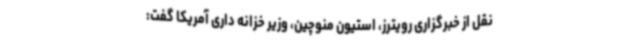
نقل از خبرگزاری رویترز، استیون منوچین، وزیر خزانه داری آمریکا گفت: